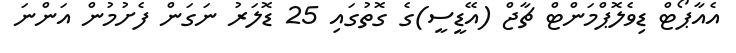
އެއާޕޯޓް ޑިވެލޮޕްމަންޓް ޗާޖް (އޭޑީސީ)ގެ ގޮތުގައި 25 ޑޮލަރު ނަގަން ފެށުމުން އަންނަ